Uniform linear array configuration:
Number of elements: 24
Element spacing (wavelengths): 0.75
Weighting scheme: uniform
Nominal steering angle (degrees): -15
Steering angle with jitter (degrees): -16.476
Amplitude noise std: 0.05
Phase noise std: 0.05

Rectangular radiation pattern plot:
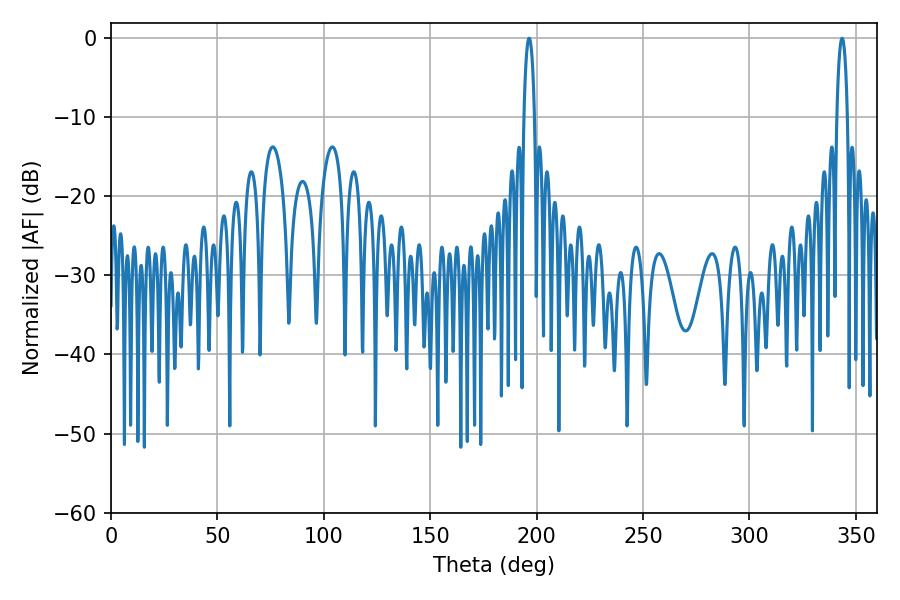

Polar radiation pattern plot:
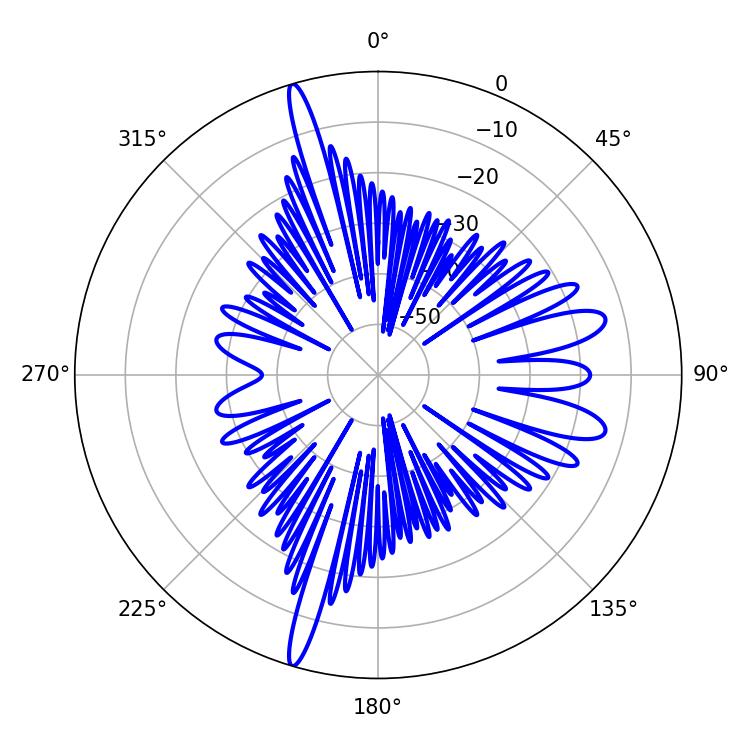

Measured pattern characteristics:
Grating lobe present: TRUE
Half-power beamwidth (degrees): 2.7
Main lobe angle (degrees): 196.38